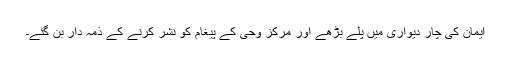
ایمان کی چار دیواری میں پلے بڑھے اور مرکز وحی کے پیغام کو نشر کرنے کے ذمہ دار بن گئے۔